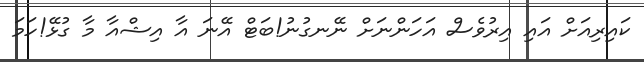
ކައިރިއަށް އައި އިރުވެސް އަހަންނަށް ނޭނގުނު!ބަޓް އޭނަ އާ އިޝްއާ މާ ގުޅޭ!ހަމަ